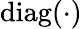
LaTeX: \mathrm{diag(\cdot)}